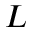
L